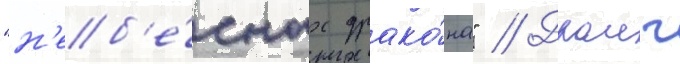
"н'еб'е́сных драко́на" // Драиг